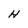
Character: H